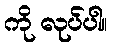
ကို လုပ်ပါ။